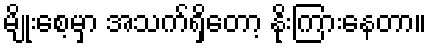
မျိုးစေ့မှာ အသက်ရှိတော့ နိုးကြားနေတာ။